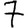
Digit: 7